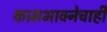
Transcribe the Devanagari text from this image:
कामभावनेचाही